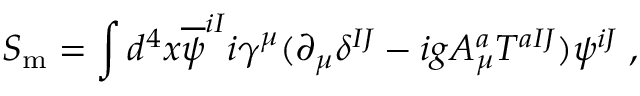
S _ { \mathrm { m } } = \int d ^ { 4 } x \overline { { { \psi } } } ^ { i I } i \gamma ^ { \mu } ( \partial _ { \mu } \delta ^ { I J } - i g A _ { \mu } ^ { a } T ^ { a I J } ) \psi ^ { i J } \; ,